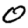
Digit: 0